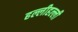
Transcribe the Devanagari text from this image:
हल्लीहल्ली